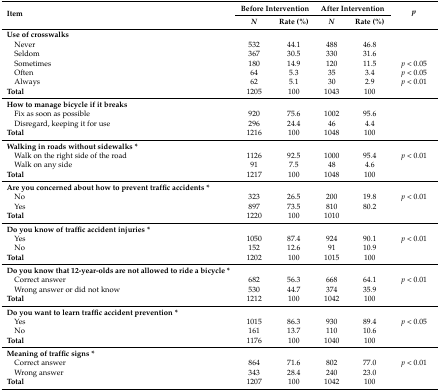
<table><thead><tr><td rowspan="2"><b>Item</b></td><td colspan="2"><b>Before Intervention</b></td><td colspan="2"><b>After Intervention</b></td><td rowspan="2"><b><i>p</i></b></td></tr><tr><td><b><i>N</i></b></td><td><b>Rate (%)</b></td><td><b><i>N</i></b></td><td><b>Rate (%)</b></td></tr></thead><tbody><tr><td><b>Use of crosswalks</b></td><td></td><td></td><td></td><td></td><td></td></tr><tr><td> Never</td><td>532</td><td>44.1</td><td>488</td><td>46.8</td><td></td></tr><tr><td> Seldom</td><td>367</td><td>30.5</td><td>330</td><td>31.6</td><td></td></tr><tr><td> Sometimes</td><td>180</td><td>14.9</td><td>120</td><td>11.5</td><td><i>p</i> &lt; 0.05</td></tr><tr><td> Often</td><td>64</td><td>5.3</td><td>35</td><td>3.4</td><td><i>p</i> &lt; 0.05</td></tr><tr><td> Always</td><td>62</td><td>5.1</td><td>30</td><td>2.9</td><td><i>p</i> &lt; 0.01</td></tr><tr><td><b>Total</b></td><td>1205</td><td>100</td><td>1043</td><td>100</td><td></td></tr><tr><td><b>How to manage bicycle if it breaks</b></td><td></td><td></td><td></td><td></td><td></td></tr><tr><td> Fix as soon as possible</td><td>920</td><td>75.6</td><td>1002</td><td>95.6</td><td></td></tr><tr><td> Disregard, keeping it for use</td><td>296</td><td>24.4</td><td>46</td><td>4.4</td><td></td></tr><tr><td><b>Total</b></td><td>1216</td><td>100</td><td>1048</td><td>100</td><td></td></tr><tr><td><b>Walking in roads without sidewalks *</b></td><td></td><td></td><td></td><td></td><td></td></tr><tr><td> Walk on the right side of the road</td><td>1126</td><td>92.5</td><td>1000</td><td>95.4</td><td><i>p</i> &lt; 0.01</td></tr><tr><td> Walk on any side</td><td>91</td><td>7.5</td><td>48</td><td>4.6</td><td></td></tr><tr><td><b>Total</b></td><td>1217</td><td>100</td><td>1048</td><td>100</td><td></td></tr><tr><td><b>Are you concerned about how to prevent traffic accidents *</b></td><td></td><td></td><td></td><td></td><td></td></tr><tr><td> No</td><td>323</td><td>26.5</td><td>200</td><td>19.8</td><td><i>p</i> &lt; 0.01</td></tr><tr><td> Yes</td><td>897</td><td>73.5</td><td>810</td><td>80.2</td><td></td></tr><tr><td><b>Total</b></td><td>1220</td><td>100</td><td>1010</td><td></td><td></td></tr><tr><td><b>Do you know of traffic accident injuries *</b></td><td></td><td></td><td></td><td></td><td></td></tr><tr><td> Yes</td><td>1050</td><td>87.4</td><td>924</td><td>90.1</td><td><i>p</i> &lt; 0.01</td></tr><tr><td> No</td><td>152</td><td>12.6</td><td>91</td><td>10.9</td><td></td></tr><tr><td><b>Total</b></td><td>1202</td><td>100</td><td>1015</td><td>100</td><td></td></tr><tr><td><b>Do you know that 12-year-olds are not allowed to ride a bicycle *</b></td><td></td><td></td><td></td><td></td><td></td></tr><tr><td> Correct answer</td><td>682</td><td>56.3</td><td>668</td><td>64.1</td><td><i>p</i> &lt; 0.01</td></tr><tr><td> Wrong answer or did not know</td><td>530</td><td>44.7</td><td>374</td><td>35.9</td><td></td></tr><tr><td><b>Total</b></td><td>1212</td><td>100</td><td>1042</td><td>100</td><td></td></tr><tr><td><b>Do you want to learn traffic accident prevention *</b></td><td></td><td></td><td></td><td></td><td></td></tr><tr><td> Yes </td><td>1015</td><td>86.3</td><td>930</td><td>89.4</td><td><i>p</i> &lt; 0.05</td></tr><tr><td> No</td><td>161</td><td>13.7</td><td>110</td><td>10.6</td><td></td></tr><tr><td><b>Total</b></td><td>1176</td><td>100</td><td>1040</td><td>100</td><td></td></tr><tr><td><b>Meaning of traffic signs *</b></td><td></td><td></td><td></td><td></td><td></td></tr><tr><td> Correct answer</td><td>864</td><td>71.6</td><td>802</td><td>77.0</td><td><i>p</i> &lt; 0.01</td></tr><tr><td> Wrong answer</td><td>343</td><td>28.4</td><td>240</td><td>23.0</td><td></td></tr><tr><td><b>Total</b></td><td>1207</td><td>100</td><td>1042</td><td>100</td><td></td></tr></tbody></table>